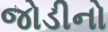
જોડીનો